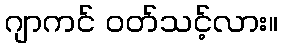
ဂျာကင် ဝတ်သင့်လား။